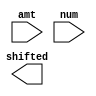
module Barrel_Shift_Gen#(
    parameter ADDRESS_BITS = 3,
              LEFT         = 0,
              RIGHT        = 0
    )(
    input  wire[ADDRESS_BITS-1:0] amt,
    input  wire[2**ADDRESS_BITS-1:0] num,
    output wire[2**ADDRESS_BITS-1:0] shifted
    );

    parameter WIDTH = 2**ADDRESS_BITS;

    wire[WIDTH-1:0] intermediate[ADDRESS_BITS:0];

    assign intermediate[0] = num;
    assign shifted         = intermediate[ADDRESS_BITS];

    genvar i;
    generate
       if (LEFT == 1)
         for(i=0;i<ADDRESS_BITS;i=i+1) begin: barrel_l_gen
            assign intermediate[i+1] = amt[i] ? {intermediate[i][WIDTH-2**i-1:0],intermediate[i][WIDTH-1:WIDTH-2**i]} : intermediate[i];
         end
       else if (RIGHT == 1)
         for(i=0;i<ADDRESS_BITS;i=i+1) begin: barrel_r_gen
            assign intermediate[i+1] = amt[i] ? {intermediate[i][2**i-1:0],intermediate[i][WIDTH-1:2**i]} : intermediate[i];
         end
    endgenerate
endmodule